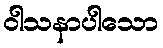
ဝါသနာပါသော